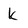
Character: k